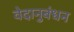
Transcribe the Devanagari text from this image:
वेदानुबंधन